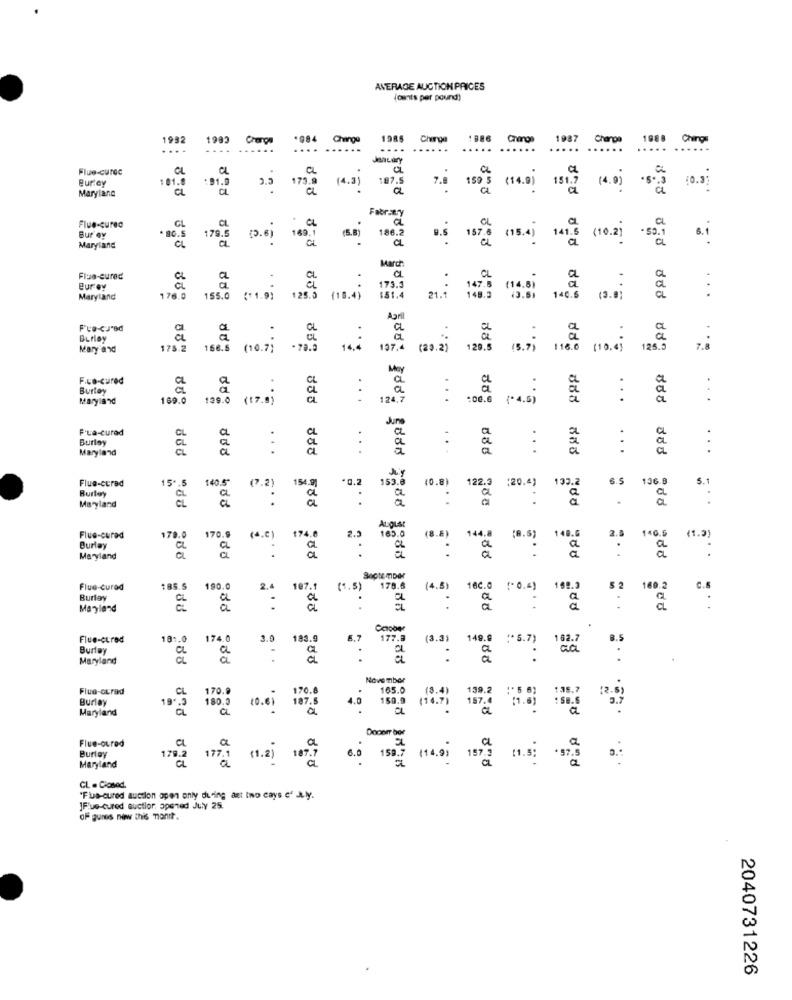
AVERAGE AUCTION PRICES
[cents per pound)
1932
1989
.984 Change
1985
Charge
1886
1987
Chanpa
1988
Ching
...
...
...
..........
....
...
.....
....
...
...
JanLAY
Flue-curde
CL
CL
CL
a
eur.cy
1.8
91.9
2.5
175.9
(4.3)
187.5
Maryland
a
a
7.8
150 5 (14.9) 151.7
14.01 .5 . 3 10. 5
a
Flue-cured
80.5
GL
CL
169.1
186.2
Bur ey
179.5
a
(2.6)
(8.8)
9.5 157.6 (15.4 )
141.6
Maryland
ppet oppl Cppl Sopg FEes
MAarch
Fluo-cured
CL
Burey
a
Maryland
176.0
155.0
(*1.9)
125.0 (10.4) 2
April
Fue-CJ'ad
à
:
Mary and
175.2
166.5
(10.7)
18.77
110 . 0)
7.
Many
..
1.
F.co-cured
Burtey
a
Maryland
169.0
139.0 (17.5;
...
888
...
F'La-cured
Burley
Maryland
..
...
.. .
Flue-cerad
15 *. 5
*0.2
(0.8)
122.3 (20.4)
133.2
6.5
136.8
S.
Burley
153.6
Maryland
August
178.0
170.9
174.8
(8.E
144.8
148.6
Flue-cured
(4.0)
2.3
14G.S
(1.2]
Ourlay
a
à
a
.
a
a
Maryland
a
a
. .
September
Flue-cured
185.5
190.0
2.4
197.1
(1.5)
170.6
(4.5)
16c.0 (0.4)
169.3
$ 2
160.2
C.8
Burlay
a
a
Maryland
:
Caober
Flue-cured
18 :. 0
174.0
3.9
3.9 183.9
6.7
177.3
(3.3)
149.9 "*5.7)
162.7
8.5
Burløy
CL
a
Maryland
CL
: &
.
:
.
..
November
Flue-curad
CL
170.
165.0
199.2
Burley
180.0
4.0
150.9
Maryland
19.2
10.61
107.5
14.7)
Dooor bor
Flue-oured
Burley
a
179.2
177.4 (1.2] 169;
Maryland
CL . Closed.
"Fils-cured auction open only during ast two days of July.
JF'ue-cured auction, opened July 25.
OF gunes new this monit.
2040731226